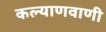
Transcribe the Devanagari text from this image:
कल्याणवाणी